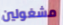
مشغولين